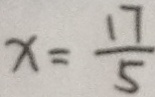
x = \frac { 1 7 } { 5 }